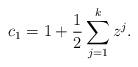
LaTeX: \begin{align*}c_1=1+\frac12\sum_{j=1}^k z^j. \end{align*}